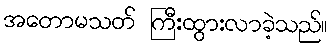
အတောမသတ် ကြီးထွားလာခဲ့သည်။